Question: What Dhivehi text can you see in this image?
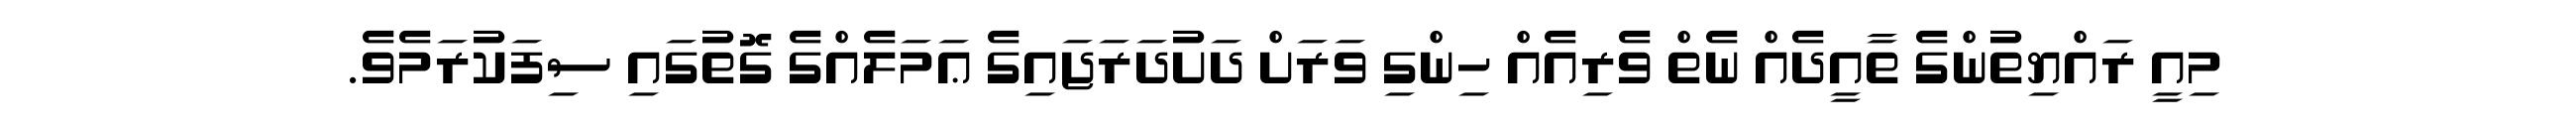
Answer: މިއީ ރައްޔިތުންގެ ތާއީދެއް ނެތް ވެރިއެއް ހިންގި ވަރަށް ދަށުދަރަޖައިގެ ޢަމަލެއްގެ ގޮތުގައި ސިފަކުރަމެވެ.